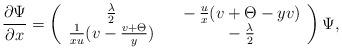
LaTeX: \begin{align*} \frac{\partial\Psi}{\partial x}=\left(\begin{array}{cc}\frac{\lambda}{2}&~~-\frac{u}{x}(v+\Theta-yv)\\\frac{1}{xu}(v-\frac{v+\Theta}{y})&~~-\frac{\lambda}{2}\end{array}\right)\Psi,\end{align*}